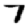
Digit: 7